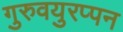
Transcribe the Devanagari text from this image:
गुरुवयुरप्पन